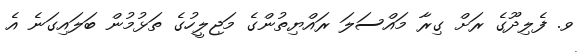
ވ. ފެލިދޫގެ ރަށް ގިރާ މައްސަލަ ރައްޔިތުންގެ މަޖިލީހުގެ ތަޅުމުން ބަލައިގަނެ އެ